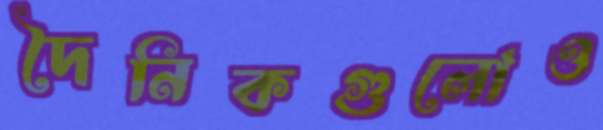
দৈনিকগুলোও